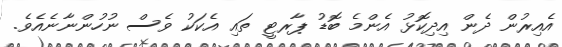
އެއިރުން ދެން އިދިކޮޅު އެންމެ ބޮޑު ޕާރޓީ ތައި އެކަކު ވެސް ނުހުންނާނެއެވެ.